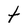
Character: t